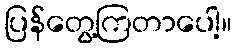
ပြန်တွေ့ကြတာပေါ့။